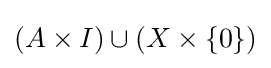
(A\times I)\cup (X\times \{0\})